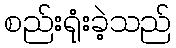
စည်းရုံးခဲ့သည်